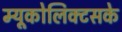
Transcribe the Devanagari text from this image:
म्यूकोलिक्टसके